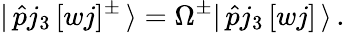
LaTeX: |\, \hat{p}j_{3}\, [wj]^{\pm}\, \rangle=\Omega^{\pm}|\, \hat{p}j_{3}\, [wj]\, \rangle\, .